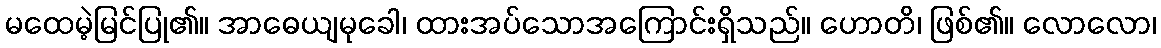
မထေမဲ့မြင်ပြု၏။ အာဓေယျမုခေါ၊ ထားအပ်သောအကြောင်းရှိသည်။ ဟောတိ၊ ဖြစ်၏။ လောလော၊